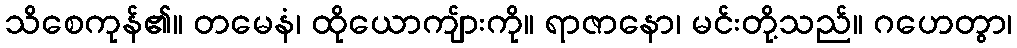
သိစေကုန်၏။ တမေနံ၊ ထိုယောကျ်ားကို။ ရာဇာနော၊ မင်းတို့သည်။ ဂဟေတွာ၊